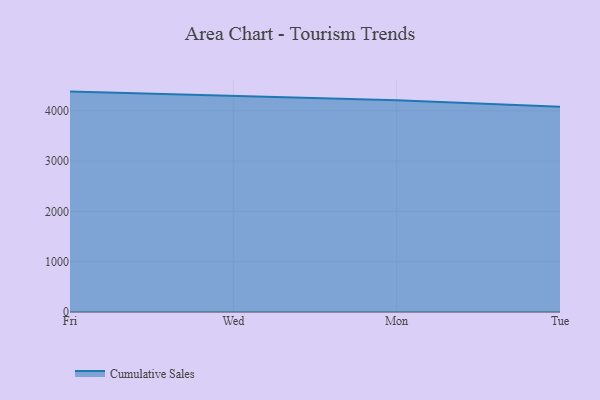
{"axis": {"x": "Day", "y": "Revenue (USD Million)"}, "legend": ["Cumulative Sales"], "data": [{"x": "Fri", "y": 4381.6, "type": "Cumulative Sales"}, {"x": "Wed", "y": 4289.9, "type": "Cumulative Sales"}, {"x": "Mon", "y": 4212.0, "type": "Cumulative Sales"}, {"x": "Tue", "y": 4079.3, "type": "Cumulative Sales"}]}